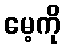
မေ့ကို